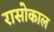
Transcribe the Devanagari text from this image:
रासोकाल